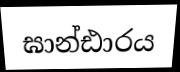
ඝාන්ඪාරය